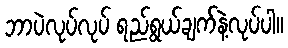
ဘာပဲလုပ်လုပ် ရည်ရွယ်ချက်နဲ့လုပ်ပါ။